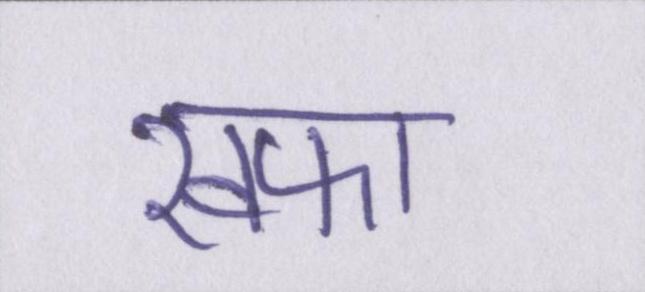
खफा